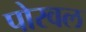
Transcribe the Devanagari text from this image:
पोरवल